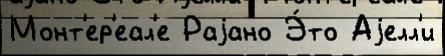
Монт'ер'еал'е Раjано Э́то Аjелл'и